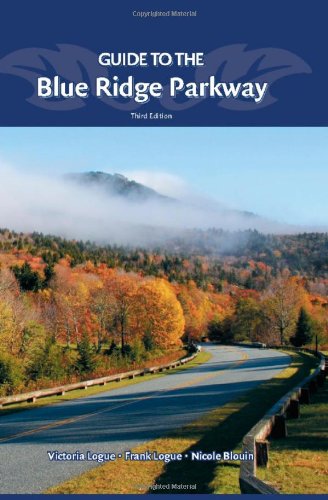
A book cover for Guide to the Blue Ridge Parkway; Victoria Logue; Travel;